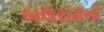
બલરામનો